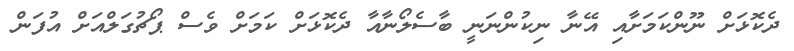
ދެކޮޅަށް ނޫންކަމަށާއި އޭނާ ނިކުންނަނީ ބާސެލޯނާއާ ދެކޮޅަށް ކަމަށް ވެސް ޕޯޗުގަލްއަށް އުފަން